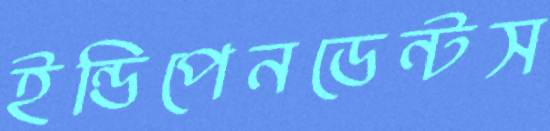
ইন্ডিপেনডেন্টস